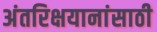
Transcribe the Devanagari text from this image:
अंतरिक्षयानांसाठी